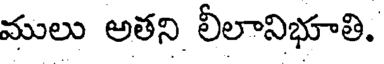
ములు అతని లీలానిభూతి.